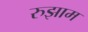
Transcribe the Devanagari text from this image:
रुझाम